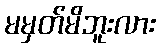
မမှတ်မိဘူးလား